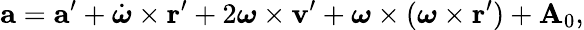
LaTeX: \mathbf{a}=\mathbf{a}^{\prime}+{\dot{\boldsymbol{\omega}}}\times\mathbf{r}^{\prime}+2{\boldsymbol{\omega}}\times\mathbf{v}^{\prime}+{\boldsymbol{\omega}}\times({\boldsymbol{\omega}}\times\mathbf{r}^{\prime})+\mathbf{A}_{0},